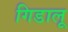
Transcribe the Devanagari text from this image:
गिडालू